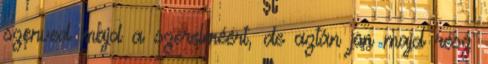
szenved majd a szerelméért, de aztán jön majd rész